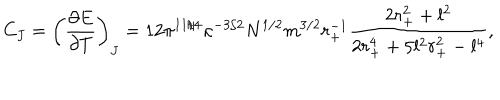
C _ { J } = \left( \frac { \partial E } { \partial T } \right) _ { J } = 1 2 \pi ^ { 1 1 / 4 } \kappa ^ { - 3 / 2 } N ^ { 1 / 2 } m ^ { 3 / 2 } r _ { + } ^ { - 1 } \frac { 2 r _ { + } ^ { 2 } + l ^ { 2 } } { 2 r _ { + } ^ { 4 } + 5 l ^ { 2 } r _ { + } ^ { 2 } - l ^ { 4 } } ,